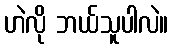
ဟဲလို ဘယ်သူပါလဲ။